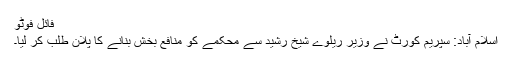
فائل فوٹو
اسلام آباد: سپریم کورٹ نے وزیر ریلوے شیخ رشید سے محکمے کو منافع بخش بنانے کا پلان طلب کر لیا۔